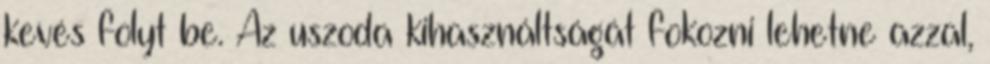
kevés folyt be. Az uszoda kihasználtságát fokozni lehetne azzal,